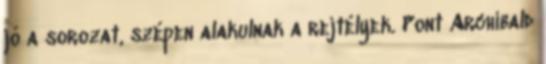
jó a sorozat, szépen alakulnak a rejtélyek. Pont Archibald